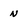
Character: n